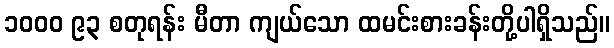
၁၀၀၀ ၉၃ စတုရန်း မီတာ ကျယ်သော ထမင်းစားခန်းတို့ပါရှိသည်။